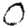
Digit: 0